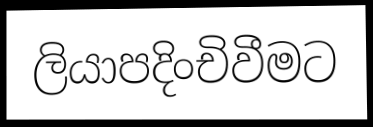
ලියාපදිංචිවීමට